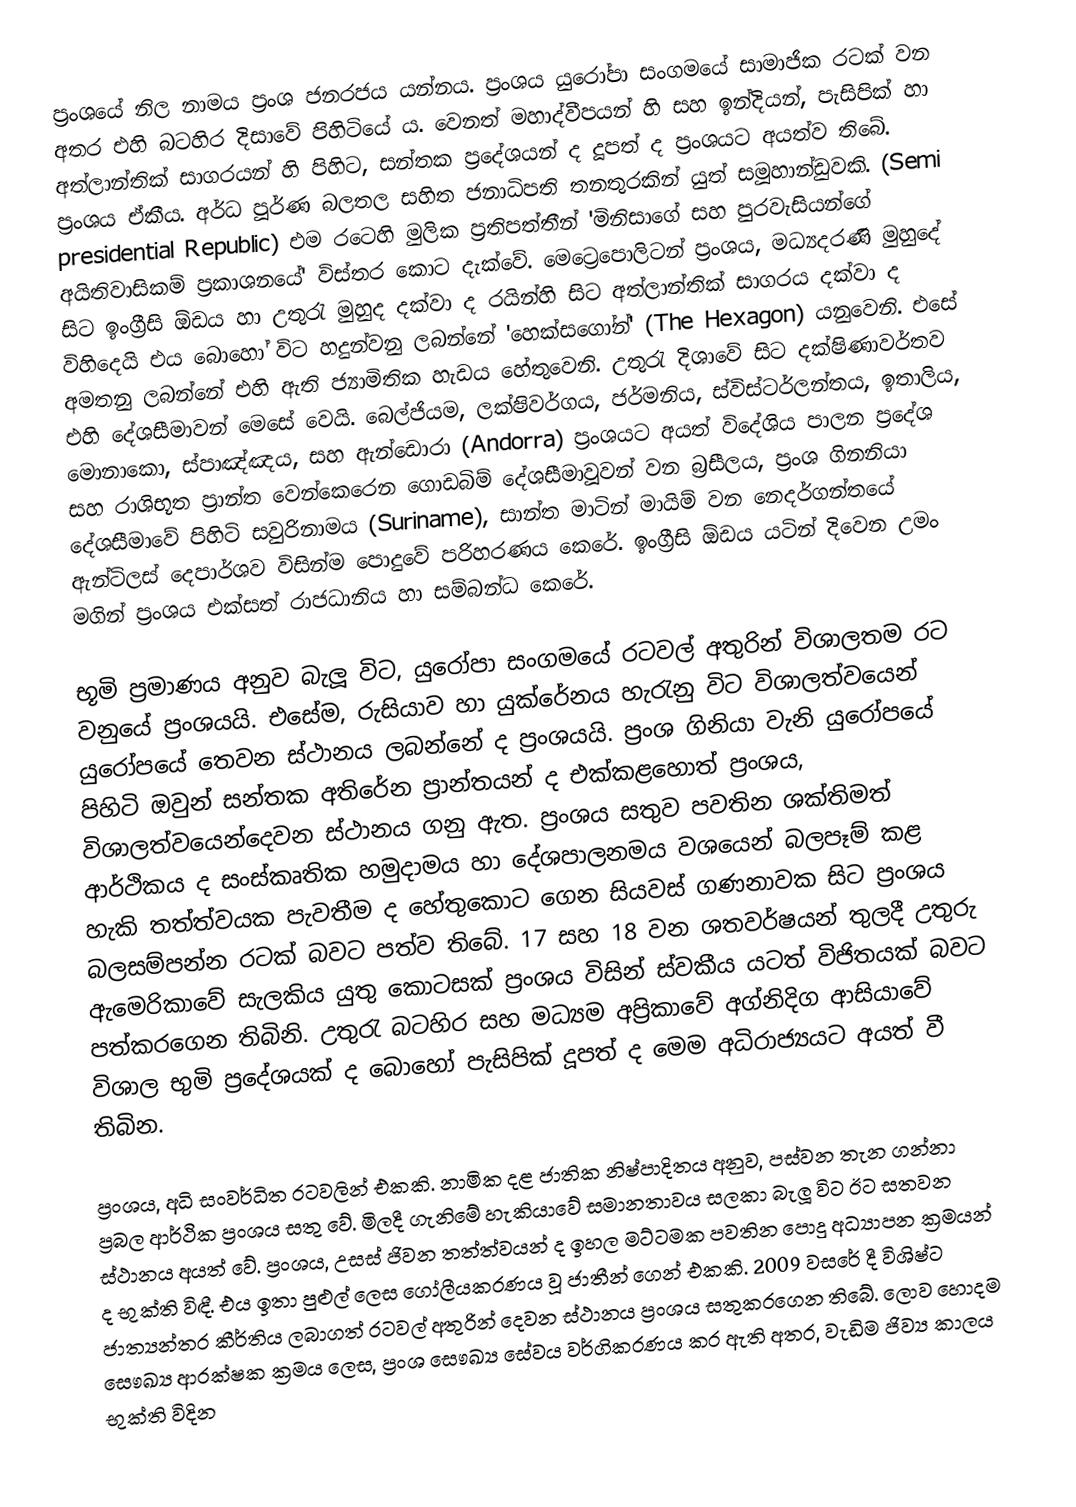
ප්‍රංශයේ නිල නාමය ප්‍රංශ ජනරජය යන්නය. ප්‍රංශය යුරෝපා සංගමයේ සාමාජික රටක් වන අතර එහි බටහිර දිසාවේ පිහිටියේ ය. වෙනත් මහාද්වීපයන් හි සහ ඉන්දියන්, පැසිපික් හා අත්ලාන්තික් සාගරයන් හි පිහිට, සන්තක ප්‍රදේශයන් ද දූපත් ද ප්‍රංශයට අයත්ව තිබේ. ප්‍රංශය ඒකීය. අර්ධ පූර්ණ බලතල සහිත ජනාධිපති තනතුරකින් යුත් සමූහාන්ඩුවකි. (Semi presidential Republic) එම රටෙහි මුලික ප්‍රතිපත්තීන් 'මිනිසාගේ සහ පුරවැසියන්ගේ අයිතිවාසිකම් ප්‍රකාශනයේ' විස්තර කොට දැක්වේ. මෙට්‍රෙපොලිටන් ප්‍රංශය, මධ්‍යදරණි මුහුදේ සිට ඉංග්‍රීසි ඕඩය හා උතුරැ මුහුද දක්වා ද රයින්හි සිට අත්ලාන්තික් සාගරය දක්වා ද විහිදෙයි එය බොහෝ විට හදුන්වනු  ලබන්නේ 'හෙක්සගෝන්'   (The Hexagon)     යනුවෙනි. එසේ අමතනු ලබන්නේ  එහි ඇති ජ්‍යාමිතික හැඩය හේතුවෙනි.  උතුරැ දිශාවේ සිට දක්ෂිණාවර්තව එහි ‍දේශසීමාවන් මෙසේ වෙයි. බෙල්ජියම, ලක්ෂිවර්ගය, ජර්මනිය, ස්විස්ටර්ලන්තය, ඉතාලිය, මොනාකො, ස්පාඤ්ඤය, සහ ඇන්ඩොරා (Andorra) ප්‍රංශයට අයත් විදේශිය පාලන ප්‍රදේශ සහ රාශිභූත ප්‍රාන්ත වෙන්කෙරෙන ගොඩබිම් දේශසීමාවූවන් වන බ්‍රසීලය, ප්‍රංශ ගිනනියා දේශසීමාවේ පිහිටි සවුරිනාමය (Suriname), සාන්ත මාටින් මායිම් වන නෙදර්ගන්තයේ ඇන්ටිලස් දෙපාර්ශව විසින්ම පොදුවේ පරිහරණය කෙරේ. ඉංග්‍රීසි ඕඩය යටින් දිවෙන  උමං මගින්  ප්‍රංශය එක්සත් රාජධානිය හා සම්බන්ධ කෙරේ.

භූමි ප්‍රමාණය අනුව බැලූ විට, යුරෝපා සංගමයේ රටවල් අතුරින් විශාලතම රට වනුයේ ප්‍රංශයයි. එසේම, රුසියාව හා යුක්රේනය හැරැනු විට විශාලත්වයෙන් යුරෝපයේ තෙවන ස්ථානය ලබන්නේ ද ප්‍රංශයයි. ප්‍රංශ ගිනියා වැනි  යුරෝපයේ  පිහිටි ඔවුන්  සන්තක අතිරේන ප්‍රාන්තයන් ද එක්කළහොත් ප්‍රංශය, විශාලත්වයෙන්දෙවන ස්ථානය ගනු ඇත. ප්‍රංශය සතුව පවතින ශක්තිමත් ආර්ථිකය ද සංස්කෘතික හමුදාමය හා දේශපාලනමය වශයෙන් බලපෑම් කළ හැකි තත්ත්වයක පැවතීම ද හේතු‍‍කොට ගෙන සියවස්  ගණනාවක සිට ප්‍රංශය බලසම්පන්න රටක් බවට පත්ව තිබේ. 17 සහ 18 වන ශතවර්ෂයන් තුලදී උතුරු ඇමෙරිකාවේ සැලකිය යුතු කොටසක් ප්‍රංශය විසින් ස්වකීය යටත් විජිතයක් බවට පත්කරගෙන තිබිනි. උතුරැ බටහිර සහ මධ්‍යම අප්‍රිකාවේ අග්නිදිග ආසියාවේ  විශාල භුමි ප්‍රදේශයක් ද බොහෝ පැසිපික් දූපත් ද මෙම අධිරාජ්‍යයට අයත් වී තිබින.

ප්‍රංශය, අධි සංවර්ධිත රටවලින් එකකි. නාමික දළ ජාතික නිෂ්පාදිතය අනුව, පස්වන තැන ගන්නා ප්‍රබල ආර්ථික ප්‍රංශය සතු වේ. මිලදී ගැනිමේ හැකියාවේ සමානතාවය සලකා බැලූ විට ඊට සතවන ස්ථානය අයත් වේ.  ප්‍රංශය, උසස් ජිවන තත්ත්වයන් ද ඉහල මට්ටමක පවතින පොදු අධ්‍යාපන ක්‍රමයන් ද භුක්ති විඳී.  එය ඉතා පුළුල් ලෙස ගෝලීයකරණය වූ ජාතීන් ගෙන් එකකි. 2009 වසරේ දී විශිෂ්ට ජාත්‍යන්තර කීර්තිය ලබාගත් රටවල් අතුරින් දෙවන ස්ථානය ප්‍රංශය සතුකරගෙන තිබේ. ලොව හොදම සෞඛ්‍ය ආරක්ෂක ක්‍රමය ලෙස, ප්‍රංශ සෞඛ්‍ය සේවය  වර්ගිකරණය කර ඇති අතර, වැඩිම ජිව්‍ය කාලය භුක්ති විදින